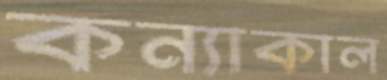
কন্যাকাল